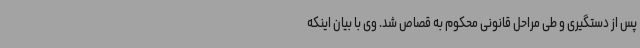
پس از دستگیری و طی مراحل قانونی محکوم به قصاص شد. وی با بیان اینکه